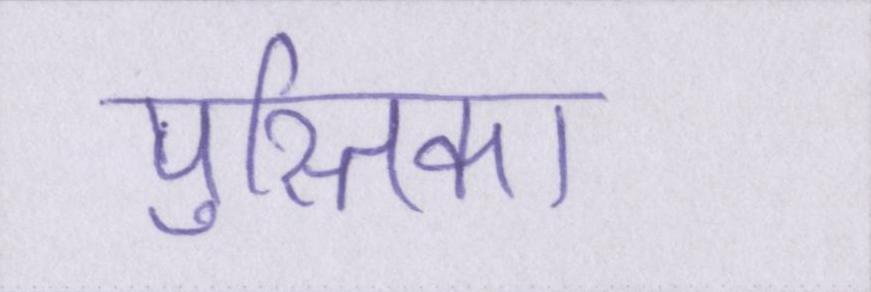
पुस्तिका